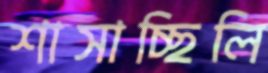
শাসাচ্ছিলি